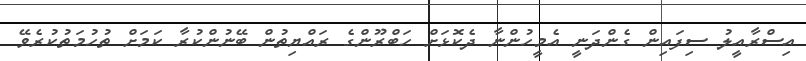
އިސްރާއީލު ސިފައިން ގެންދަނީ އެމީހުންނާ ދެކޮޅަށް ހަބްރޫންގެ ރައްޔިތުން ބޭނުންކުރާ ކަމަށް ތުހުމަތުކުރެވޭ